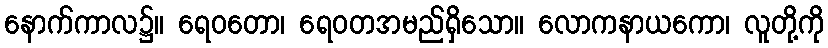
နောက်ကာလ၌။ ရေဝတော၊ ရေဝတအမည်ရှိသော။ လောကနာယကော၊ လူတို့ကို